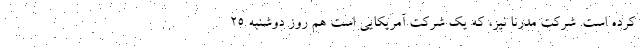
کرده است. شرکت مدرنا نیز، که یک شرکت آمریکایی است هم روز دوشنبه ۲۵